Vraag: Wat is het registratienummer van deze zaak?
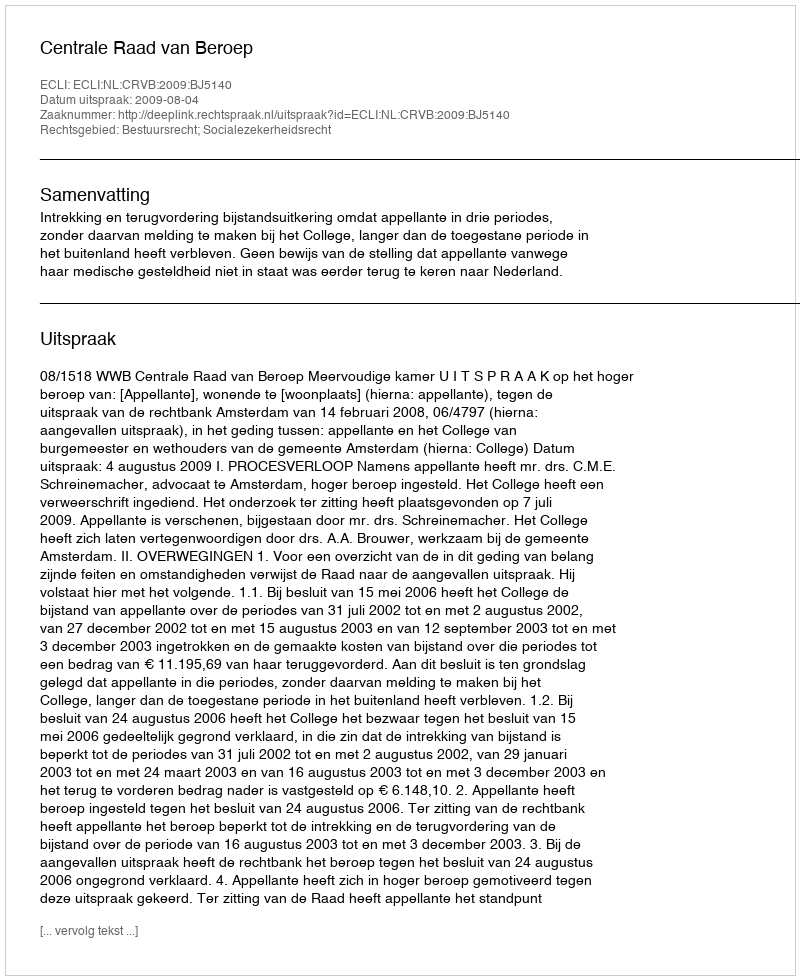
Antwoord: http://deeplink.rechtspraak.nl/uitspraak?id=ECLI:NL:CRVB:2009:BJ5140